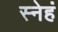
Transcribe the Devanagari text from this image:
स्नेहं